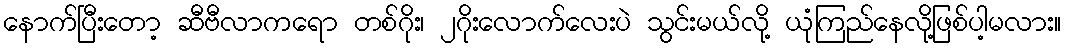
နောက်ပြီးတော့ ဆီဗီလာကရော တစ်ဂိုး၊ ၂ဂိုးလောက်လေးပဲ သွင်းမယ်လို့ ယုံကြည်နေလို့ဖြစ်ပါ့မလား။